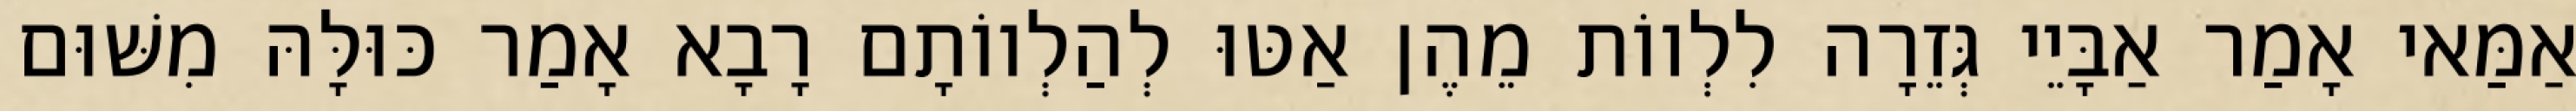
אַמַּאי אָמַר אַבָּיֵי גְּזֵרָה לִלְווֹת מֵהֶן אַטּוּ לְהַלְווֹתָם רָבָא אָמַר כּוּלָּהּ מִשּׁוּם